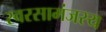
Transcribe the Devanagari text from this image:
स्वरसामंजस्य